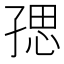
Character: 𭓑